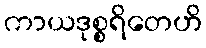
ကာယဒုစ္စရိတေဟိ